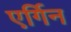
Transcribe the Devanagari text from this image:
एर्गिन